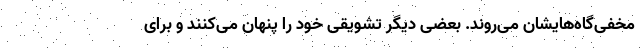
مخفی‌گاه‌هایشان می‌روند. بعضی دیگر تشویقی خود را پنهان می‌کنند و برای